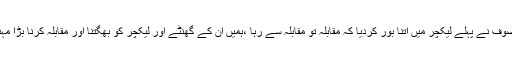
لیکن موصوف نے پہلے لیکچر میں اتنا بور کردیا کہ مقابلہ تو مقابلہ سے رہا ،ہمیں ان کے گھنٹے اور لیکچر کو بھگتنا اور مقابلہ کرنا بڑا مہنگا پڑگیا۔